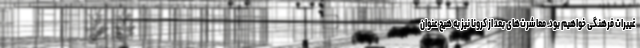
غییرات فرهنگی خواهیم بود. معاشرت‌های بعد از کرونا نیز به هیچ عنوان